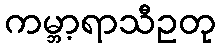
ကမ္ဘာ့ရာသီဥတု